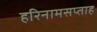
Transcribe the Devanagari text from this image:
हरिनामसप्ताह